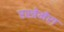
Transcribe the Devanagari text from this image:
एस्त्रेमेरा